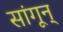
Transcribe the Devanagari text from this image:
सांगून्